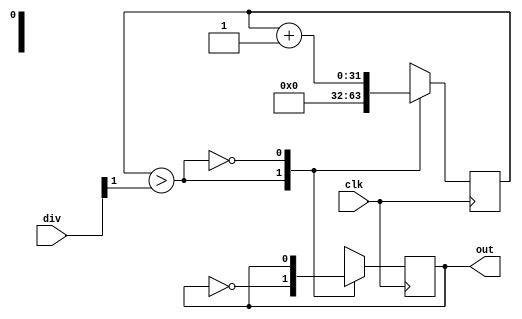
module clockDiv(
    input clk,
    input [31:0] div,
    output reg out
    );

	reg [31:0] count;
	reg inc;
	reg outhold;
	reg max;
	//assign out=outhold;
	always begin inc=(count>max); max=div>>1;end

	always@(posedge clk)begin
		case(inc)
			1:begin count=0; out=~out; end
			0:begin count=count+1; end
		endcase
	end
	
endmodule